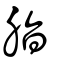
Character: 脂